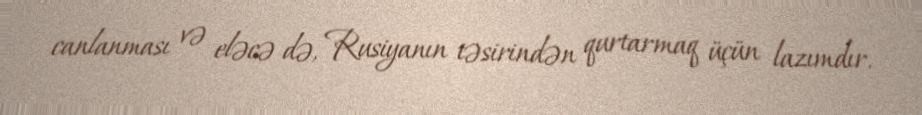
canlanması və eləcə də, Rusiyanın təsirindən qurtarmaq üçün lazımdır.